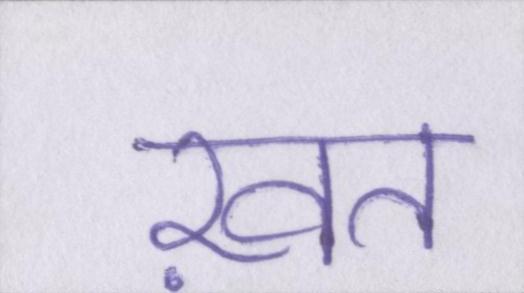
ख़त